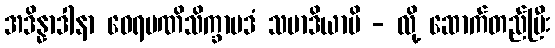
အဒိန္နာဒါနာ ဝေရမဏိသိက္ခာပဒံ သမာဒိယာမိ - လို့ ဆောက်တည်ပြီး